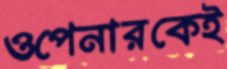
ওপেনারকেই